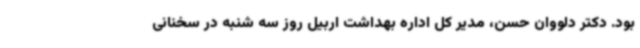
بود. دکتر دلووان حسن، مدیر کل اداره بهداشت اربیل روز سه شنبه در سخنانی